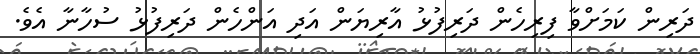
ދަރިން ކަމަށްވާ ފިރިހެން ދަރިފުޅު އާރިޔަން އަދި އަންހެން ދަރިފުޅު ސުހާނާ އެވެ.